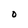
Character: O